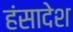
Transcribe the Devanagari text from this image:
हंसादेश